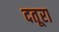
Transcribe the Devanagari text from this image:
दतूरा